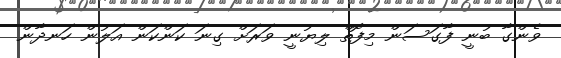
ވެންގާ ބުނީ ފާގަސަން މިފޮތް ލިޔުނީ ވަރަށް ގިނަ ކަންކަން އަލުން ހަނދާން